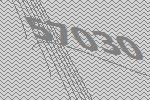
57030